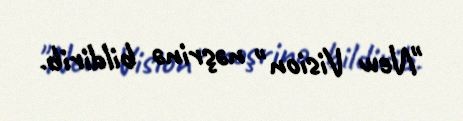
"New Vision" nəşrinə bildirib.